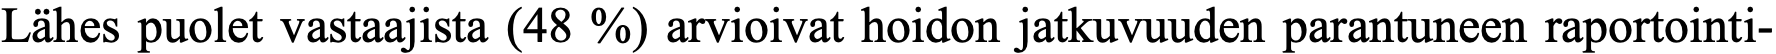
Lähes puolet vastaajista (48 %) arvioivat hoidon jatkuvuuden parantuneen raportointi-